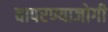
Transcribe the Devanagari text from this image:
वापरण्याजोगी